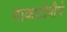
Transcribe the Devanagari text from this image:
नाकाटोमीचे